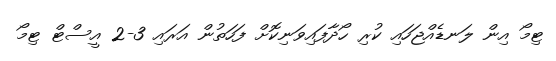
ޓިމޯ އިން ލަނޑެއްޖަހައި ކުރި ހޯދާފައިވަނިކޮށް ފަހަތުން އަރައި 3-2 އީސްޓް ޓިމޯ